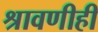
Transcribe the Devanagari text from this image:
श्रावणीही